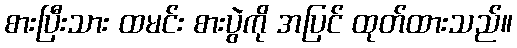
စားပြီးသား ထမင်း စားပွဲကို အပြင် ထုတ်ထားသည်။